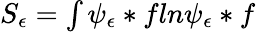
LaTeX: \begin{array}{r}{S_{\epsilon}=\int\psi_{\epsilon}*fln\psi_{\epsilon}*f}\end{array}